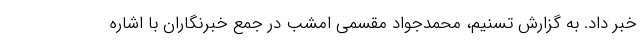
خبر داد. به گزارش تسنیم، محمدجواد مقسمی امشب در جمع خبرنگاران با اشاره